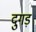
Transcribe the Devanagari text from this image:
दुगड़